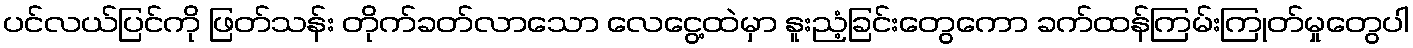
ပင်လယ်ပြင်ကို ဖြတ်သန်း တိုက်ခတ်လာသော လေငွေ့ထဲမှာ နူးညံ့ခြင်းတွေကော ခက်ထန်ကြမ်းကြုတ်မှုတွေပါ